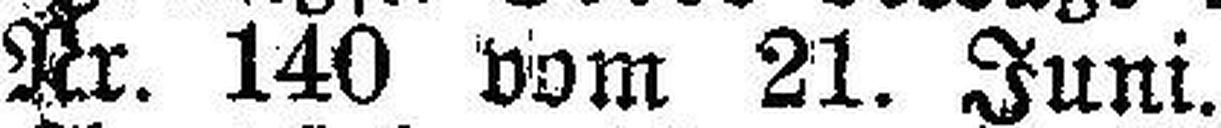
Nr. 140 vom 21. Juni.